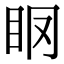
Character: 𥄞